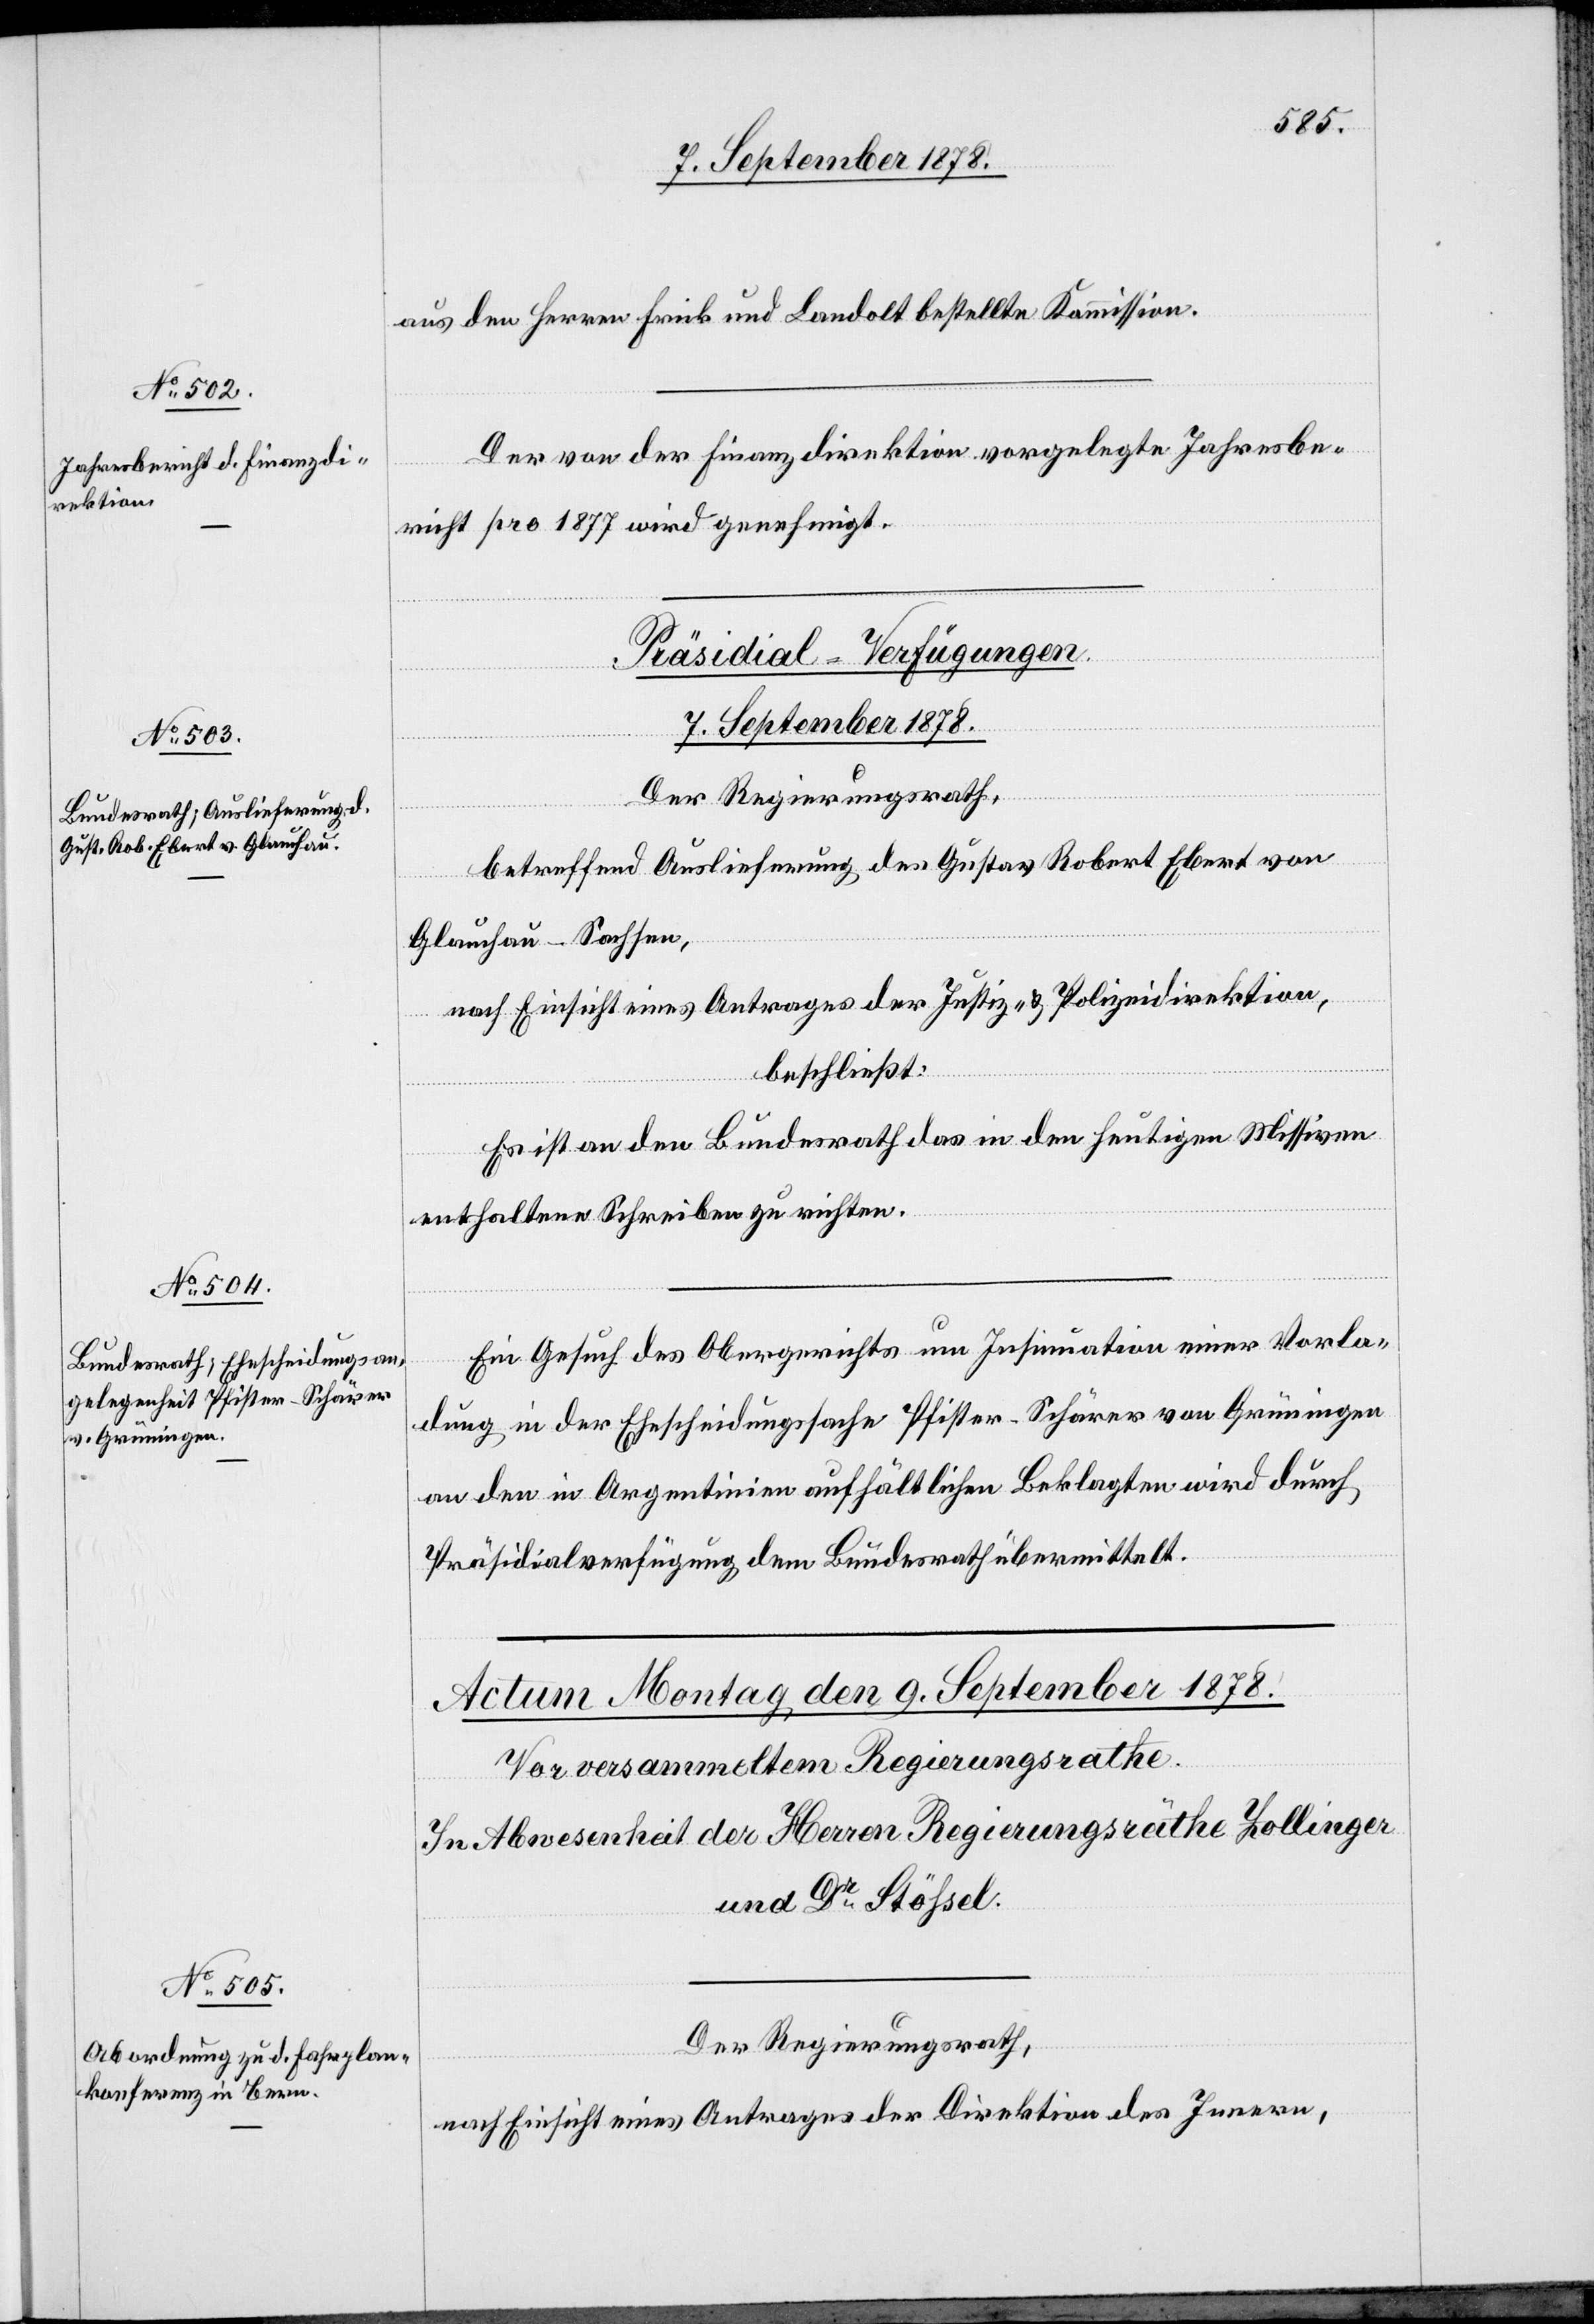
7. September 1878.]
aus den Herren Frick und Landolt bestellte Kommission.
Der von der Finanzdirektion vorgelegte Jahresbe¬
richt pro 1877 wird genehmigt.
[Präsidial-Verfügungen.
Der Regierungsrath,
betreffend Auslieferung des Gustav Robert Ebert von
Glauchau - Sachsen,
nach Einsicht eines Antrages der Justiz- & Polizeidirektion,
beschließt:
Es ist an den Bundesrath das in den heutigen Missiven
enthaltene Schreiben zu richten.
Ein Gesuch des Obergerichts um Insinuation einer Vorla¬
dung in der Ehescheidungssache Pfister-Schärer von Grüningen
an den in Argentinien aufhältlichen Beklagten wird durch
Präsidialverfügung dem Bundesrath übermittelt.
Der Regierungsrath,
nach Einsicht eines Antrages der Direktion des Innern,